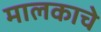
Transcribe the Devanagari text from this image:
मालकाचे